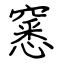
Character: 窸